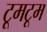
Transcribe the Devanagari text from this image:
टूमटूम